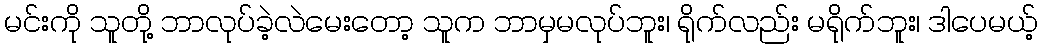
မင်းကို သူတို့ ဘာလုပ်ခဲ့လဲမေးတော့ သူက ဘာမှမလုပ်ဘူး၊ ရိုက်လည်း မရိုက်ဘူး၊ ဒါပေမယ့်